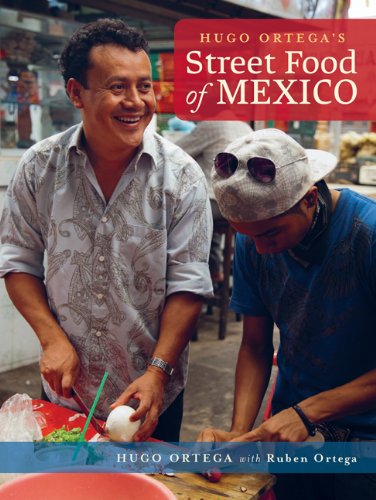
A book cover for Hugo Ortega's Street Food of Mexico; Penny de los Santos; Cookbooks, Food & Wine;